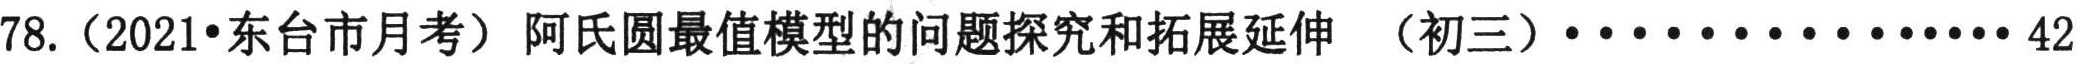
78.（2021•东台市月考）阿氏圆最值模型的问题探究和拓展延伸 （初三）················42